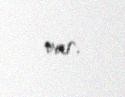
var.